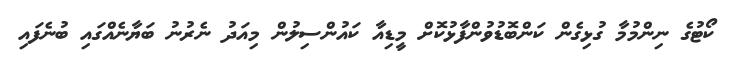
ކޯޓުގެ ނިންމުމާ ގުޅިގެން ކަންބޮޑުވުންފާޅުކޮށް މީޑިއާ ކައުންސިލުން މިއަދު ނެރުނު ބަޔާނެއްގައި ބުނެފައި